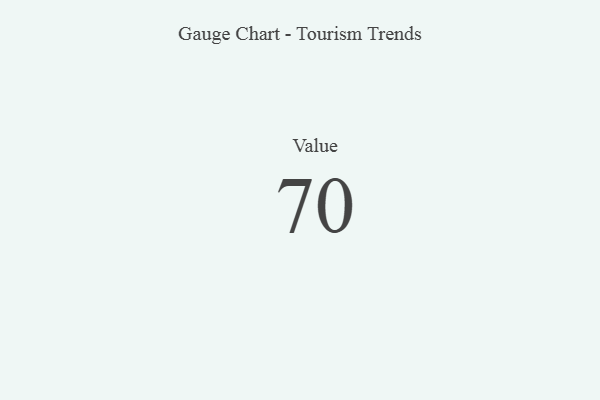
{"axis": {"x": "Metric", "y": "Value"}, "legend": [""], "data": [{"x": "Value", "y": 70, "type": ""}]}